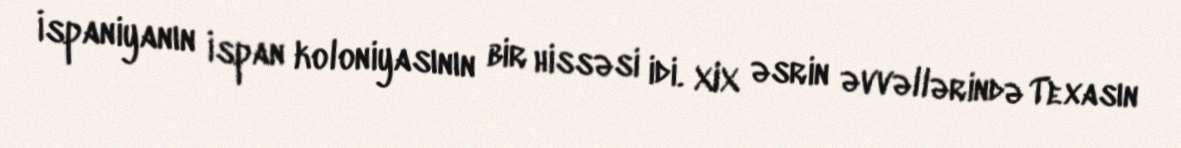
İspaniyanın İspan koloniyasının bir hissəsi idi. XIX əsrin əvvəllərində Texasın